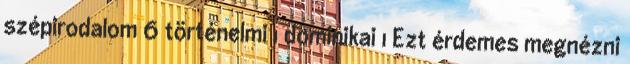
szépirodalom 6 történelmi 1 dominikai 1 Ezt érdemes megnézni